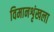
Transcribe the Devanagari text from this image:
विमानशृंखला